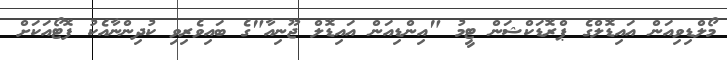
މޯލްޑިވިއަން އައިޑޮލްގެ ޕްރޮޑަކްޝަން ޓީމު "އިންޑިއަން އައިޑޮލް ޖޫނިއާ"ގެ ބައިވެރިވި ކުދިންނާއެކު ފޮޓޯއަކަށް